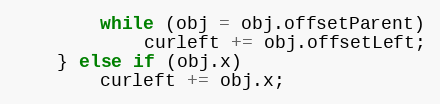
Language: JavaScript
		while (obj = obj.offsetParent)
			curleft += obj.offsetLeft;
	} else if (obj.x)
		curleft += obj.x;